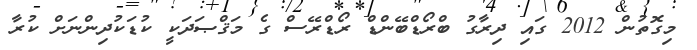
މިގޮތުން 2012 ގައި ދިރާގު ބްރޯޑްބޭންޑް ރޯޑްރޭސް ގެ މަޤްޞަދަކީ ކުޑަކުދިންނަށް ކުރާ